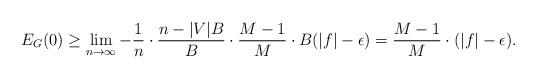
LaTeX: \begin{align*}E_G(0) \geq \lim_{n \rightarrow \infty} -\frac{1}{n} \cdot \frac{n-|V|B}{B} \cdot \frac{M-1}{M} \cdot B(|f| - \epsilon) = \frac{M-1}{M} \cdot (|f|-\epsilon).\end{align*}